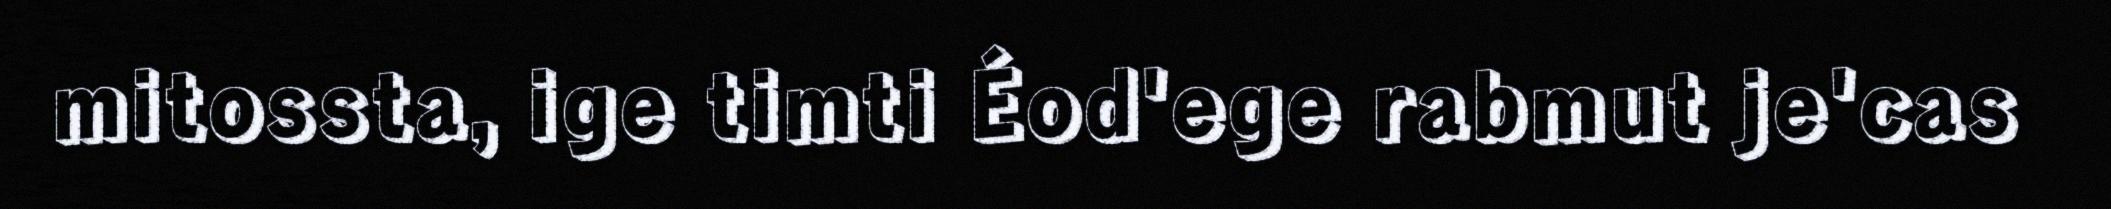
mitossta, ige timti Éod'ege rabmut je'cas